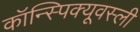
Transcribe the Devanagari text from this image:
कॉन्स्पिक्यूवस्ली